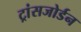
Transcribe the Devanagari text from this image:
ट्रांसजोर्डन